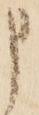
申